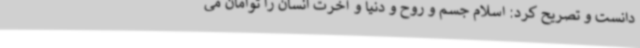
دانست و تصریح کرد: اسلام جسم و روح و دنیا و آخرت انسان را توامان می